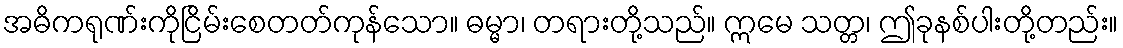
အဓိကရုဏ်းကိုငြိမ်းစေတတ်ကုန်သော။ ဓမ္မာ၊ တရားတို့သည်။ ဣမေ သတ္တ၊ ဤခုနစ်ပါးတို့တည်း။